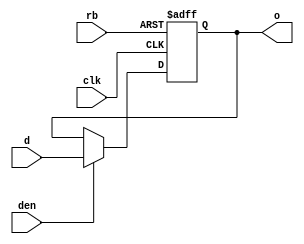
// SPDX-License-Identifier: Apache-2.0
// Copyright (C) 2022 HCL Technologies Ltd.
// Copyright (C) 2022 Blue Cheetah Analog Design, Inc.

module clk_den_flop(
input      clk, // clock
input      d,   // data input
input      den, // data enable
input      rb,  // Active low reset
output reg o    // data output
);

// Flop with data enable
always @(posedge clk or negedge rb)
  begin: o_register
    if(!rb)
      o <= 1'b0;
    else if(den)
      o <= d;
  end // block: o_register

endmodule // clk_den_flop